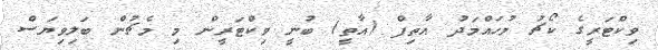
ވިކްޓަރީގެ ކޯޗު މުހައްމަދު އާތިފް (އާތީ) ބުނީ ވިކްޓަރީން މި މެޗުން ބަލިވިޔަސް